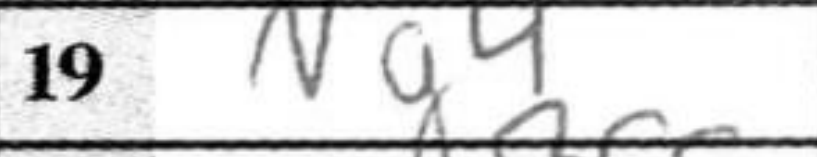
Transcription: Ng4